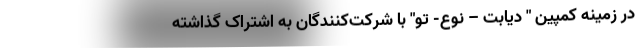
در زمینه کمپین " دیابت – نوع- تو" با شرکت‌کنندگان به اشتراک گذاشته